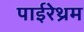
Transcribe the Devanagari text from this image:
पाईरेथ्रम